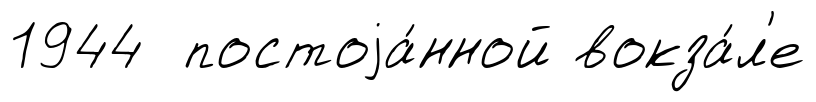
1944 постоjа́нной вокза́л'е